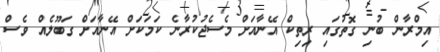
އިމްރާން ބުނި ގޮތުގައި ރިތިކް އޭނާއަށް މެސެޖުކުރާނެ ކަމަކަށް އޭނާއަށް ގަބޫލެއް ވެސް